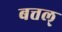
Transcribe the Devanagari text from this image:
बत्तल्